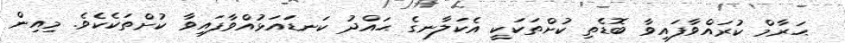
ޙަރާމް ކުރައްވާފައިވާ ބޮޑެތި ކުށްތަކަކީ އެކަލާނގެ ޙައްދު ކަނޑައަޅުއްވާފައިވާ ކުށްތަކެކެވެ. މިއިން